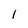
Character: l